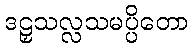
ဒဠှသလ္လသမပ္ပိတော